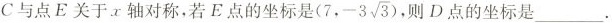
C与点E关于x轴对称，若E点的坐标是(7，-3\sqrt{3})，则D点的坐标是___。